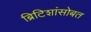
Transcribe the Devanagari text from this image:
ब्रिटिशांसोबत